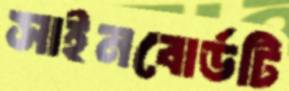
সাইনবোর্ডটি